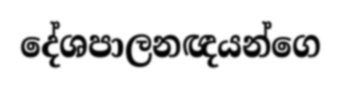
දේශපාලනඥයන්ගෙ